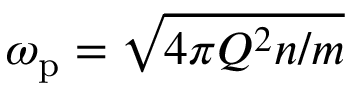
\omega _ { \mathrm { p } } = \sqrt { 4 \pi Q ^ { 2 } n / m }